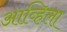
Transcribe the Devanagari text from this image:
आव्हिला